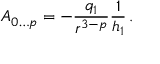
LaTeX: A _ { 0 \ldots p } = - \frac { q _ { 1 } } { r ^ { 3 - p } } \frac { 1 } { h _ { 1 } } \, .